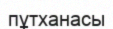
пұтханасы